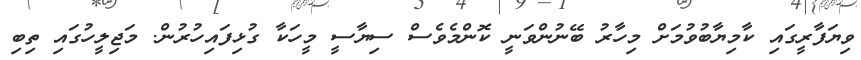
ވިޔަފާރީގައި ކާމިޔާބުވުމަށް މިހާރު ބޭނުންވަނީ ކޮންމެވެސް ސިޔާސީ މީހަކާ ގުޅިފައިހުރުން. މަޖިލީހުގައި ތިބި